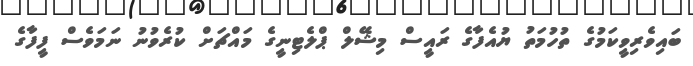
ބައިވެރިވީކަމުގެ ތުހުމަތު ޔުއެފާގެ ރައީސް މިޝޭލް ޕްލެޓިނީގެ މައްޗަށް ކުރެވުނު ނަމަވެސް ފީފާގެ